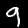
Label: 9